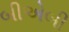
બીએબી